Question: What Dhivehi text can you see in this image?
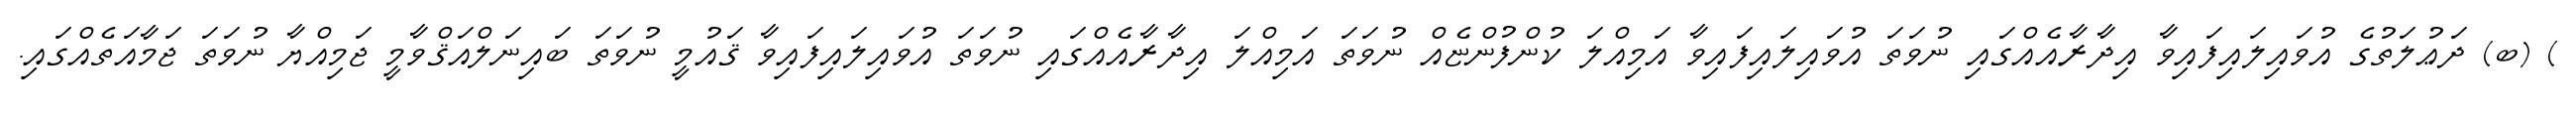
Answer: ) (ބ) ދަޢުލަތުގެ އުވައިލައިފައިވާ އިދާރާއެއްގައި ނުވަތަ އުވައިލައިފައިވާ އަމިއްލަ ކުންފުންޏެއް ނުވަތަ އަމިއްލަ އިދާރާއެއްގައި ނުވަތަ އުވައިލައިފައިވާ ޤައުމީ ނުވަތަ ބައިނަލްއަޤްވާމީ ޖަމިއްޔާ ނުވަތަ ޖަމާއަތެއްގައި.